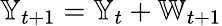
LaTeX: \mathbb{Y}_{t+1}=\mathbb{Y}_{t}+\mathbb{W}_{t+1}